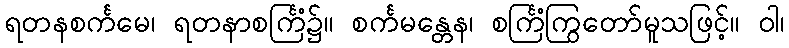
ရတနစင်္ကမေ၊ ရတနာစင်္ကြံ၌။ စင်္ကမန္တေန၊ စင်္ကြံကြွတော်မူသဖြင့်။ ဝါ၊